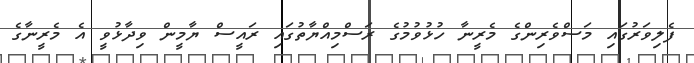
ފެލިވަރުގައި މަސްވެރިންގެ މެރީނާ ހުޅުވުމުގެ ރަސްމިއްޔާތުގައި ރައީސް ޔާމީން ވިދާޅުވީ އެ މެރީނާގެ